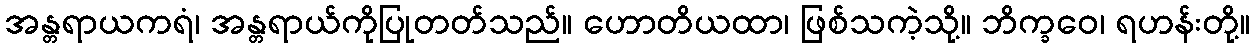
အန္တရာယကရံ၊ အန္တရာယ်ကိုပြုတတ်သည်။ ဟောတိယထာ၊ ဖြစ်သကဲ့သို့။ ဘိက္ခဝေ၊ ရဟန်းတို့။